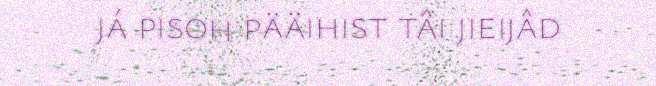
já pisoh pääihist tâi jieijâd